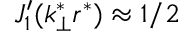
J _ { 1 } ^ { \prime } ( k _ { \perp } ^ { * } r ^ { * } ) \approx 1 / 2